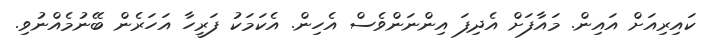
ކައިރިއަށް އައިން. މައާފަށް އެދިފަ އިންނަންވެސް އެހިން. އެކަމަކު ފަރީހާ އަހަރެން ބޭނުމެއްނުވި.